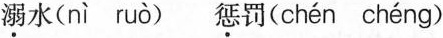
溺水( nì ruò )惩罚( chén chéng )